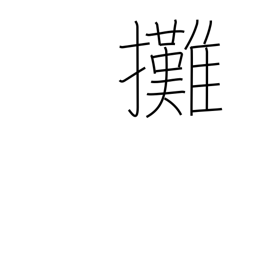
Meaning: apportion